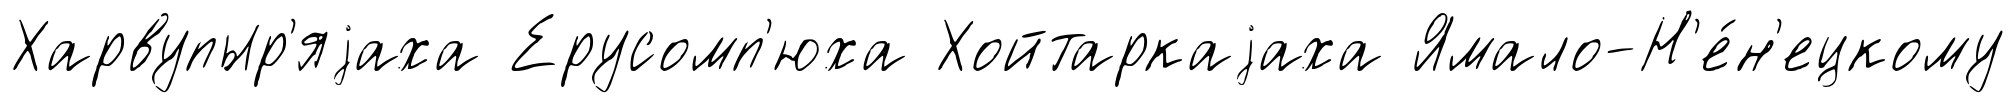
Харвупыр'яjаха Ерусомп'юха Хойтаркаjаха Ямало-Н'е́н'ецкому